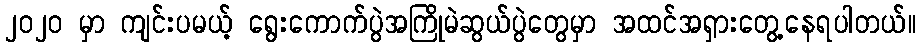
၂၀၂၀ မှာ ကျင်းပမယ့် ရွေးကောက်ပွဲအကြိုမဲဆွယ်ပွဲတွေမှာ အထင်အရှားတွေ့နေရပါတယ်။